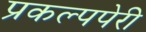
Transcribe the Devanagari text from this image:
प्रकल्पपेरी